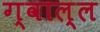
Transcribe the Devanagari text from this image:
ग्वाल्ल